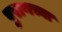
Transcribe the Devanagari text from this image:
पुराणच्या